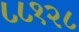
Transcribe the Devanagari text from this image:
८८१२८